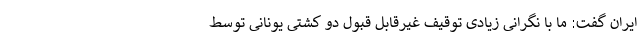
ایران گفت: ما با نگرانی زیادی توقیف غیرقابل قبول دو کشتی یونانی توسط